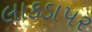
લાકડાપર